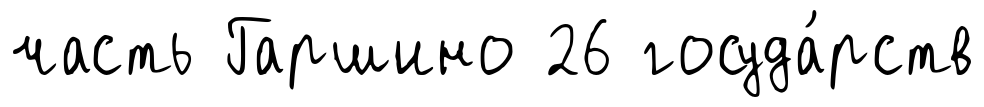
часть Гаршино 26 госуда́рств